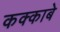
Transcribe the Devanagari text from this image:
कक्‍काबे